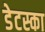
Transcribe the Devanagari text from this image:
डेटस्का